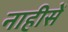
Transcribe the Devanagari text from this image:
नाहीसें